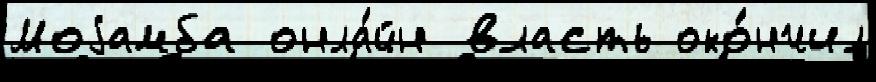
Моjамба онла́йн власть око́нчил